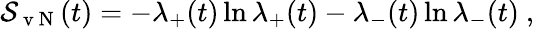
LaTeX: \begin{array}{r}{\mathcal{S}_{\mathrm{~v~N~}}(t)=-\lambda_{+}(t)\ln\lambda_{+}(t)-\lambda_{-}(t)\ln\lambda_{-}(t)\ ,}\end{array}